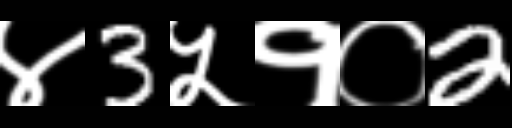
Text: ४3५१०2